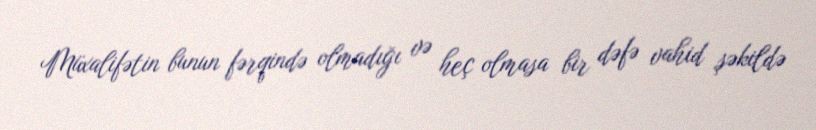
Müxalifətin bunun fərqində olmadığı və heç olmasa bir dəfə vahid şəkildə